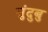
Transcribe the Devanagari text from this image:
सुंदुबु